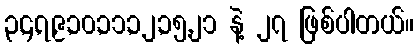
၃,၄,၇,၉,၁၀,၁၁,၁၂,၁၅,၂၁ နဲ့ ၂၇ ဖြစ်ပါတယ်။